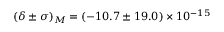
( \delta \pm \sigma ) _ { M } = ( - 1 0 . 7 \pm 1 9 . 0 ) \times 1 0 ^ { - 1 5 }